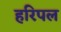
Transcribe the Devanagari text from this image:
हरिपल